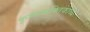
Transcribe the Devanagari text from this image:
कृष्णभक्तिकाव्य